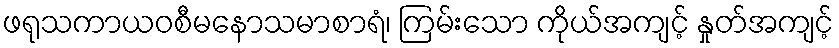
ဖရုသကာယဝစီမနောသမာစာရံ၊ ကြမ်းသော ကိုယ်အကျင့် နှုတ်အကျင့်